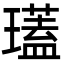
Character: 瓂